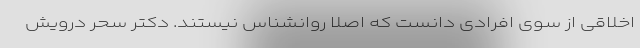
اخلاقی از سوی افرادی دانست که اصلا روانشناس نیستند. دکتر سحر درویش